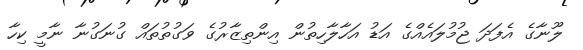
ލޫނާގެ އެފަދަ ޖުމުލައެއްގެ އަޑު އަހާލާހިތުން އިންތިޒާރުގެ ވަގުތުތައް ގުނަގުނާ ނާމީ ކިހާ